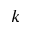
k